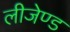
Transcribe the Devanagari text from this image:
लीजेण्ड